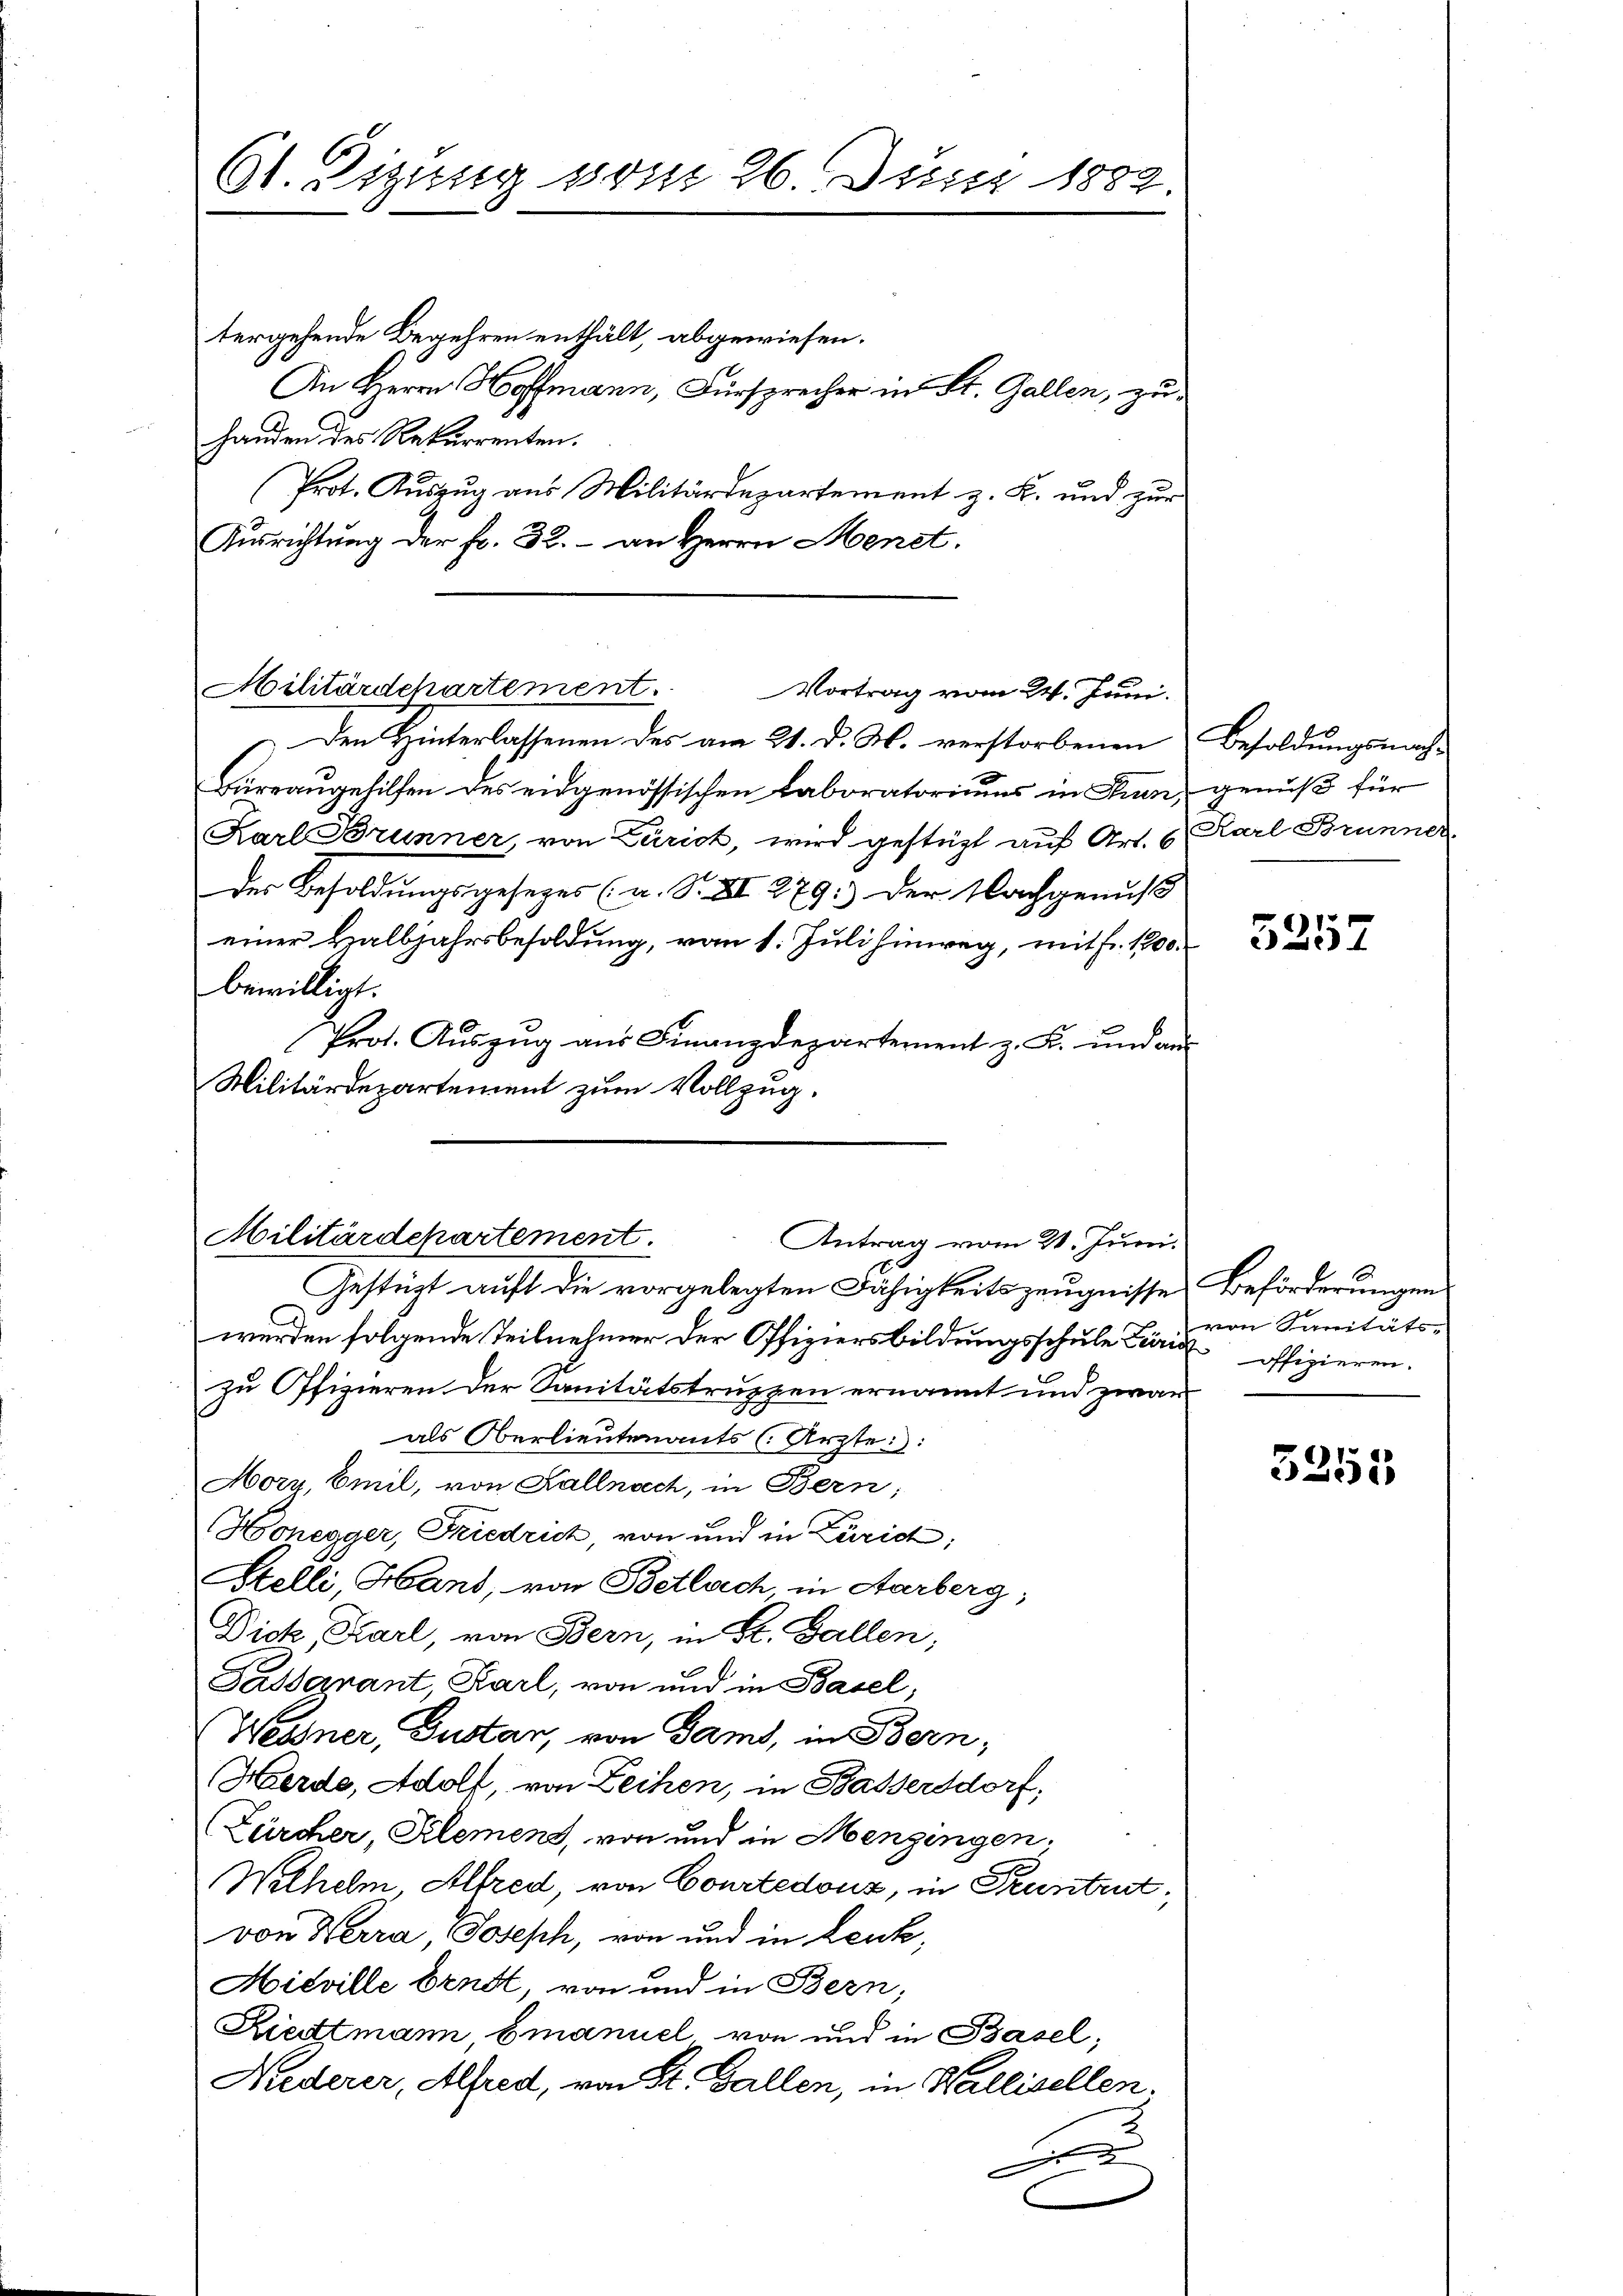
6t. Sizung vom 26. Juni 1882.

tergehende Begehren enthält, abgewiesen.
An Herrn Hoffmann, Fürsprecher in St. Gallen, zuhanden des Rekurrenten.
Prot. Auszug aus Militärdepartement z. K. und zur
Ausrichtung der fr. 32. - an Herrn Menet.

Militärdchartement. Vortrag vom 24. Juni.

Den Hinterlassenen des am 21. d. M. verstorbenen Besoldungsnach-
Büreaugehilfen des eidgenössischen Laboratoriums in Thun, genuß für
Karl Brunner von Zürich, wird gestützt auf Art. 6 Karl Brunner
des Besoldungsgesetzes (a. S. XII 279.) Der Nachgenuß
einer Halbjahrsbesoldung, vom 1. Juli hinweg, mit fr. 100.
bewilligt.
Prot. Aŭszŭg aŭs Finanzdepartement z. B. und aŭs
Militärdepartement zum Vollzug.

Militärdepartement.
Antrag vom 21. Juni.

Gestüzt auft die vorgelegten Fähigkeitszeugnisse Beförderungen
werden folgende Teilnehmer der Offiziersbildungsschule Zürich offizieren.
zu Offizieren der Sanitätstruppen ernannt und zwar
als Oberlieutenants (Ärzte::
Mory, Emil, von Kallnoch, in Bern;
Honegger, Friedrich, von und in Zürich,
Stelli, Hand, von Betlach in Aarberg,
Dick, Karl, von Bern, in St. Gallen,
Passarant, Karl, von und in Basel,
Wesner, Gustan, von Gamt, in Bern,
Herde, Adolf, von Leihen, in Bassersdorf,
(Zürcher, Klemens, von und in Menzingen.
Wilhelm Alfred, von Courtedonz, in Pruntrut,
von Herra, Joseph, von und in Lenk,
Hiéville Ernst, von und in Bern;
Riedtmann Emanuel von und in Basel;
Niederer, Alfred, von St. Gallen, in Wallisellen.
2.

5257

von Sanitäts-

3255